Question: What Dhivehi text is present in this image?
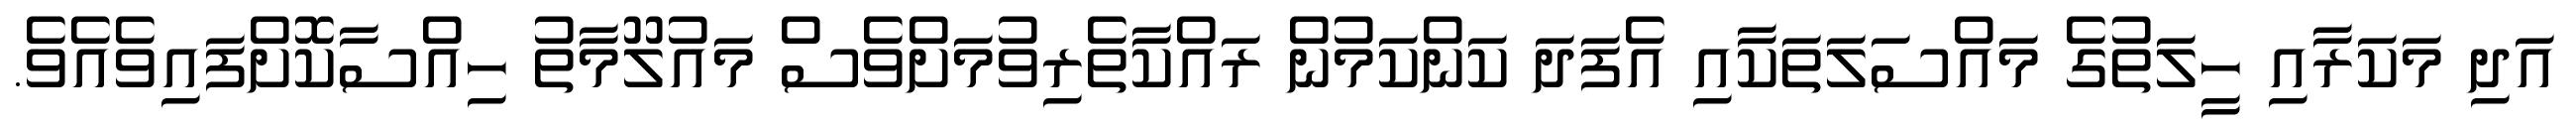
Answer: އަދި މަކަރާއި ހީލަތުގެ މައްސަލަތަކާއި އެފަދަ ކަންކަމުން ރައްކާތެރިވުމަށްވެސް މައުލޫމާތު ހިއްސާކޮށްފައިވެއެވެ.